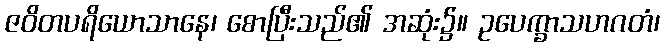
ဇဝိတပရိယောသာနေ၊ စောပြီးသည်၏ အဆုံး၌။ ဥပေက္ခာသဟဂတံ၊